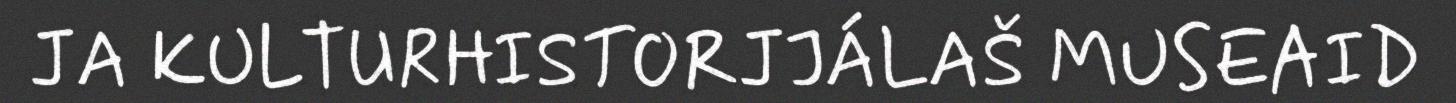
JA KULTURHISTORJJÁLAŠ MUSEAID